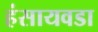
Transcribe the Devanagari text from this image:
हंसायवडा